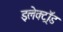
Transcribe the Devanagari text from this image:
इलेक्ट्रॉड